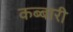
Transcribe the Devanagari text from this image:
कब्बारी